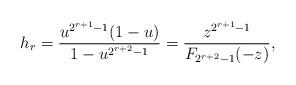
LaTeX: \begin{align*} h_{r} = \frac{u^{2^{r+1} - 1} (1-u)}{1 - u^{2^{r+2} - 1}} = \frac{z^{2^{r+1} - 1}}{F_{2^{r+2}-1}(-z)}, \end{align*}